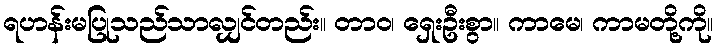
ရဟန်းမပြုသည်သာလျှင်တည်း။ တာဝ၊ ရှေးဦးစွာ။ ကာမေ၊ ကာမတို့ကို။